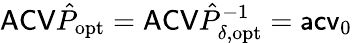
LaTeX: \mathsf{ACV}\hat{P}_{\mathrm{opt}}=\mathsf{ACV}\hat{P}_{\delta,\mathrm{opt}}^{-1}=\mathsf{acv}_{0}